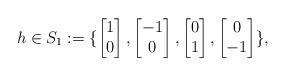
LaTeX: \begin{align*}h\in S_1:= \{\begin{bmatrix}1\\0\end{bmatrix}, \begin{bmatrix} -1\\ 0 \end{bmatrix}, \begin{bmatrix} 0\\1 \end{bmatrix}, \begin{bmatrix} 0\\-1 \end{bmatrix}\},\end{align*}